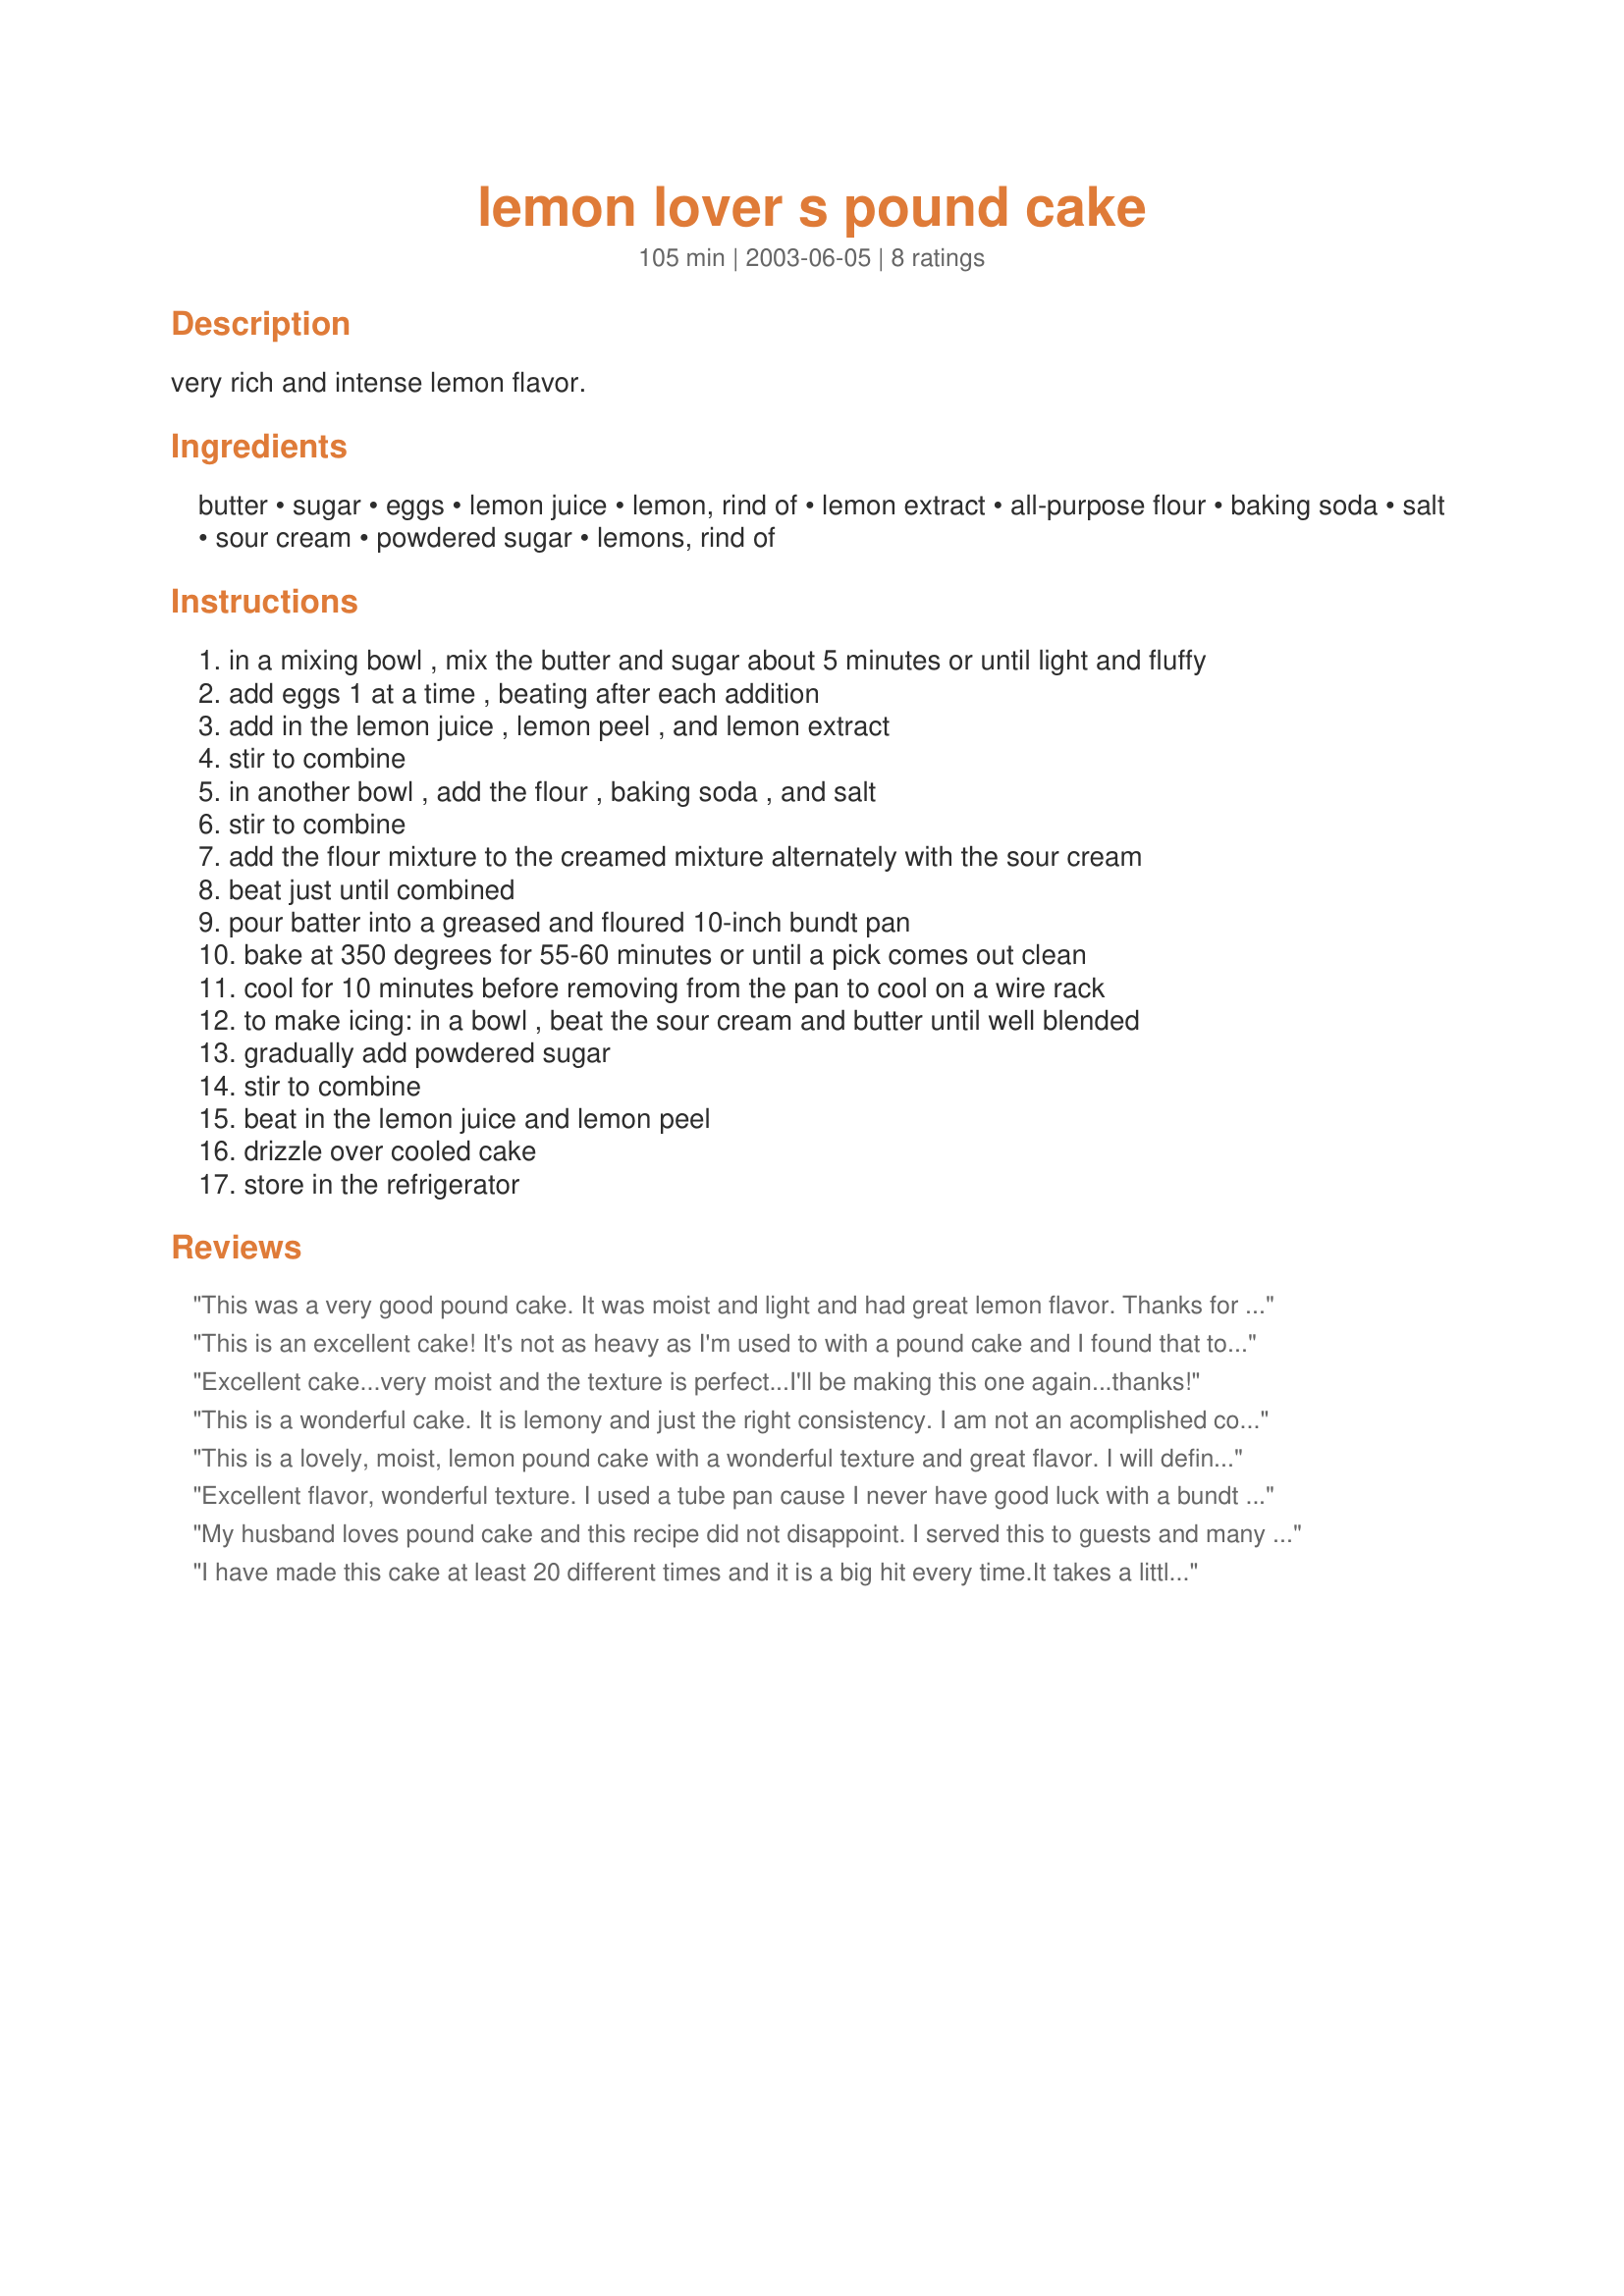
lemon lover s pound cake
Preparation time: 105 minutes

very rich and intense lemon flavor.

Ingredients:
butter, sugar, eggs, lemon juice, lemon, rind of, lemon extract, all-purpose flour, baking soda, salt, sour cream, powdered sugar, lemons, rind of

Steps:
in a mixing bowl , mix the butter and sugar about 5 minutes or until light and fluffy
add eggs 1 at a time , beating after each addition
add in the lemon juice , lemon peel , and lemon extract
stir to combine
in another bowl , add the flour , baking soda , and salt
stir to combine
add the flour mixture to the creamed mixture alternately with the sour cream
beat just until combined
pour batter into a greased and floured 10-inch bundt pan
bake at 350 degrees for 55-60 minutes or until a pick comes out clean
cool for 10 minutes before removing from the pan to cool on a wire rack
to make icing: in a bowl , beat the sour cream and butter until well blended
gradually add powdered sugar
stir to combine
beat in the lemon juice and lemon peel
drizzle over cooled cake
store in the refrigerator

Reviews:
This was a very good pound cake. It was moist and light and had great lemon flavor. Thanks for posting this recipe.
This is an excellent cake! It's not as heavy as I'm used to with a pound cake and I found that to be a nice change. I didn't add the zest and because of that the lemon flavor of my cake was mild which is okay because I don't really care for zest anyway. If you're doing a light supper or something for a brunch or a get together this would be really good. Also take note of the prep time, I didn't but I was lucky not to be in a rush, this is not a fast cake to make but it's worth it.
Excellent cake...very moist and the texture is perfect...I'll be making this one again...thanks!
This is a wonderful cake. It is lemony and just the right consistency. I am not an acomplished cook and this was the easiest to make and I have made it 3 times in the last 3 weeks. Eveyrone just loved it at church and home!!!! You just have to try it.
This is a lovely, moist, lemon pound cake with a wonderful texture and great flavor. I will definitely make this again.
I did not make the icing for this cake because we prefer our pound cake plain.
 Thanks for posting it.
Excellent flavor, wonderful texture. I used a tube pan cause I never have good luck with a bundt pan.
My husband loves pound cake and this recipe did not disappoint. I served this to guests and many of them commented on the great lemony flavor. Will make again!
I have made this cake at least 20 different times and it is a big hit every time.It takes a little effort to make but really is worth it. The flavor,texture and aroma is consistently great. 
Personal note:
This cake provide comfort:
Recently my daughter loss her best friend. Her only request was "Mom would you bake a lemon pound cake to take to my friends family".
